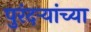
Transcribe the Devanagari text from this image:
पुरंदऱ्यांच्या